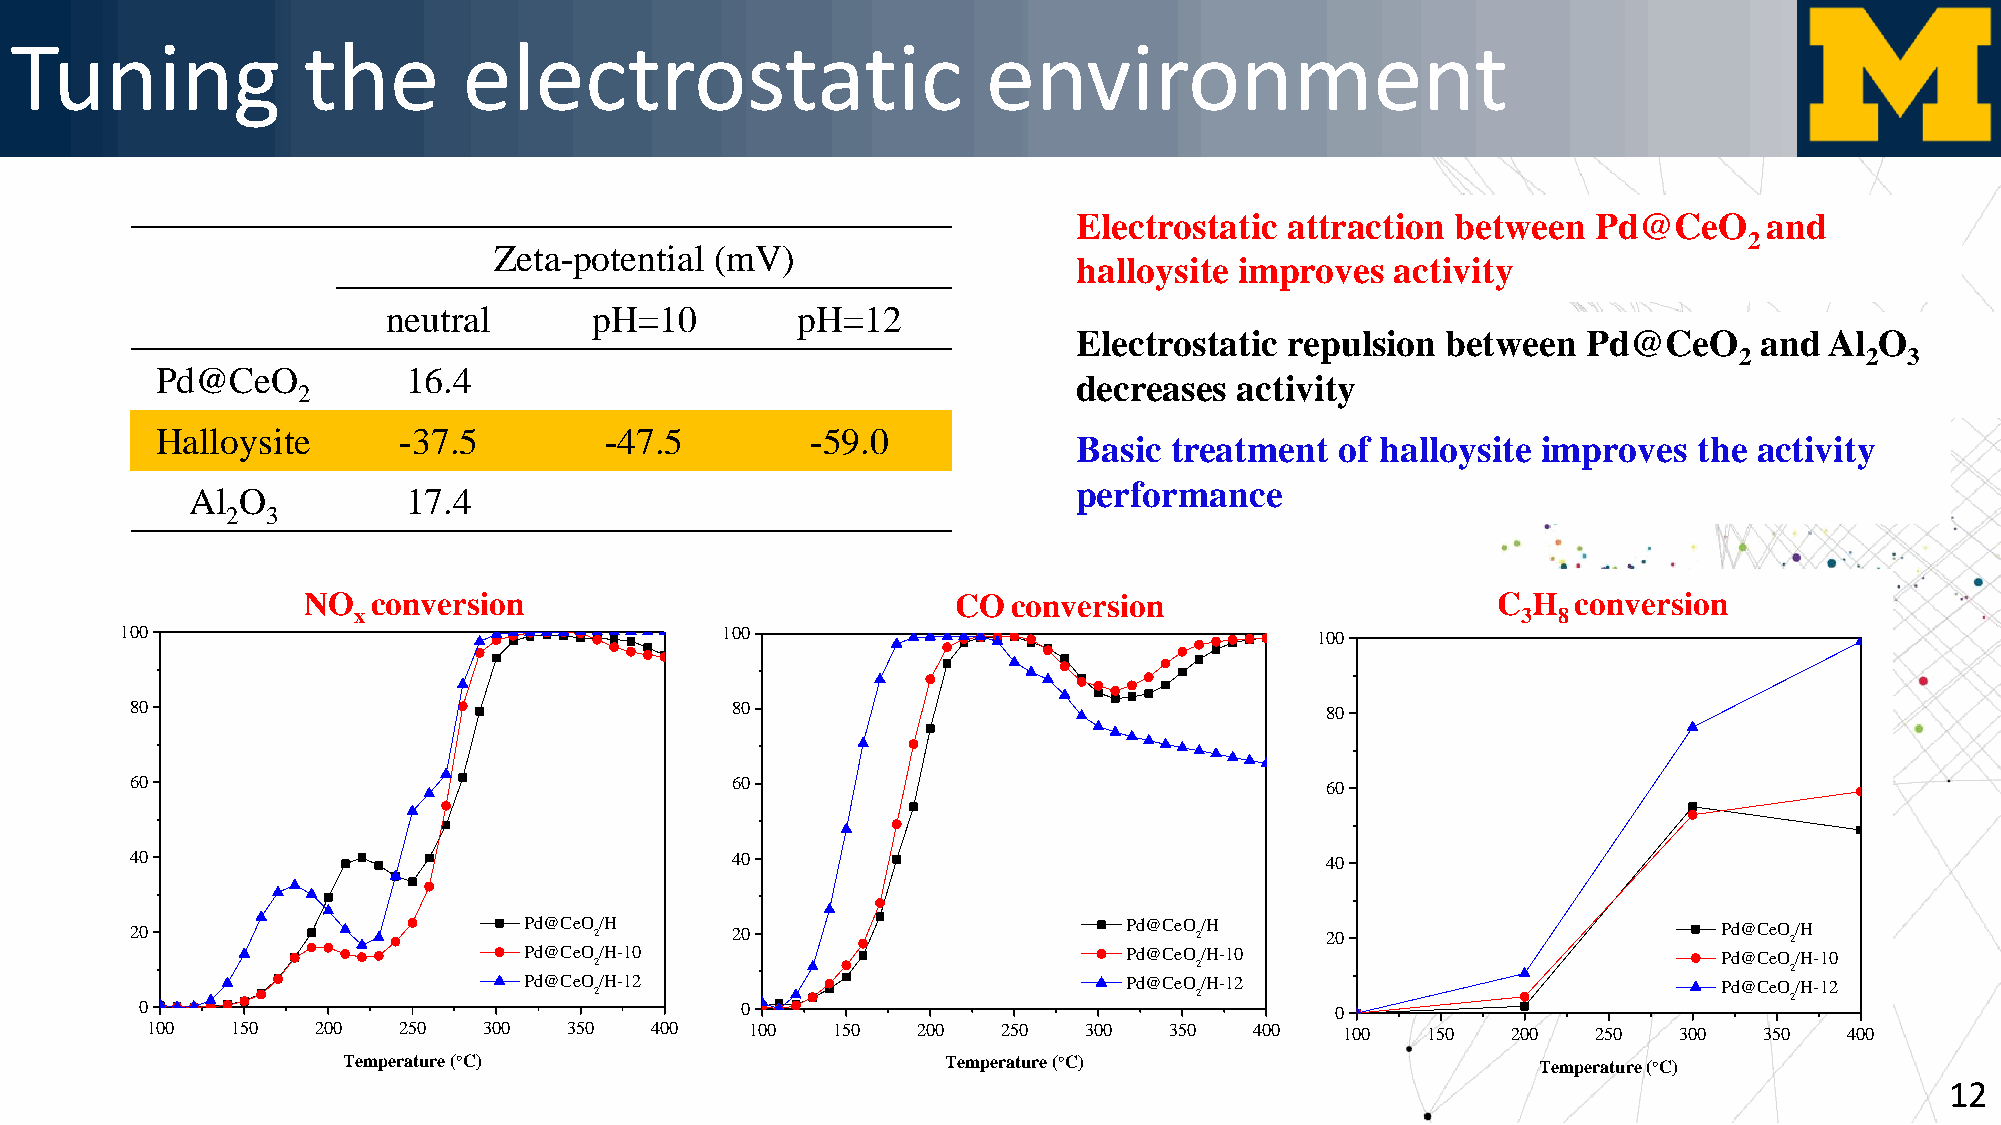
Tuning             the        electrostatic                     environment
 Electrostatic attraction between   Pd@CeO     and
 2
 Zeta-potential (mV)
 halloysite improves  activity
 neutral      pH=10         pH=12
 Electrostatic repulsion  between  Pd@CeO     and  Al O
 2       2  3
 Pd@CeO           16.4
 decreases  activity
 2
 Halloysite      -37.5         -47.5         -59.0
 Basic treatment   of halloysite improves the activity
 performance
 Al  O          17.4
 2  3
 NO   conversion                            COconversion                        C H  conversion
 x                                                                             3 8
 100                                     100                                    100
 80                                     80                                      80
 60                                     60                                      60
 40                                     40                                      40
 20                        Pd@CeO 2/H   20                         Pd@CeO 2/H   20                        Pd@CeO 2/H
 Pd@CeO/H-10                             Pd@CeO/H-10                            Pd@CeO/H-10
 2                                       2                                      2
 Pd@CeO/H-12                             Pd@CeO/H-12                            Pd@CeO/H-12
 2                                       2                                      2
 0                                       0                                      0
 100  150   200  250   300   350  400    100  150   200  250   300  350   400   100  150   200   250  300   350  400
 Temperature (C)                        Temperature (C)                       Temperature (C)
 12